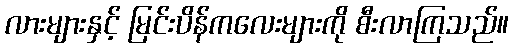
လားများနှင့် မြင်းပိန်ကလေးများကို စီးလာကြသည်။